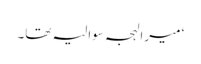
‘ میرا لہجہ سوالیہ تھا۔